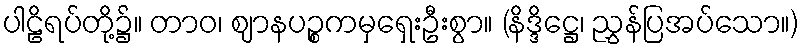
ပါဠိရပ်တို့၌။ တာဝ၊ ဈာနပဉ္စကမှရှေးဦးစွာ။ (နိဒ္ဒိဋ္ဌေ၊ ညွှန်ပြအပ်သော။)